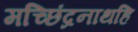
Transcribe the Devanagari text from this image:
मच्छिंद्रनाथहि